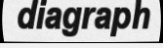
diagraph